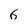
Character: 6